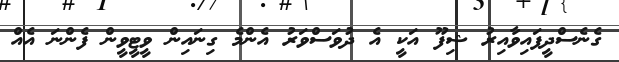
ގެނެސްދީފައިވާއިރު ޝިފޫ އަކީ އެ ދުވަސްވަރު އެންމެ ގިނައިން ވީޓީވީން ފެންނަ އެއް